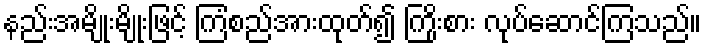
နည်းအမျိုးမျိုးဖြင့် ကြံစည်အားထုတ်၍ ကြိုးစား လုပ်ဆောင်ကြသည်။